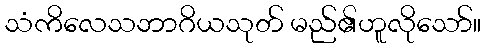
သံကိလေသဘာဂိယသုတ် မည်၏ဟူလိုသော်။